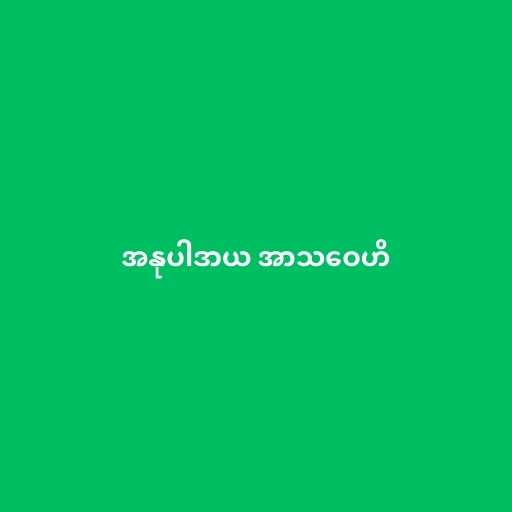
အနုပါဒာယ အာသဝေဟိ